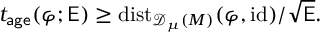
t _ { \mathsf { a g e } } ( \varphi ; \mathsf { E } ) \geq \mathrm { d i s t } _ { { \mathscr { D } _ { \mu } ( M ) } } ( \varphi , \mathrm { i d } ) / \sqrt { \mathsf { E } } .